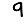
Digit: 9